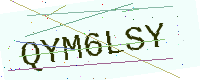
Text: QYM6LSY